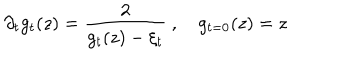
\partial _ { t } g _ { t } ( z ) = \frac { 2 } { g _ { t } ( z ) - \xi _ { t } } \ , \quad g _ { t = 0 } ( z ) = z